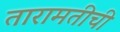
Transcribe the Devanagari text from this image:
तारामतीची